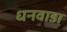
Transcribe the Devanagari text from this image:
धनवाडा